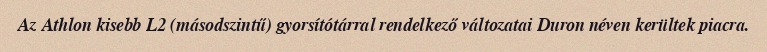
Az Athlon kisebb L2 (másodszintű) gyorsítótárral rendelkező változatai Duron néven kerültek piacra.